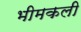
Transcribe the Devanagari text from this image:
भीमकली